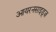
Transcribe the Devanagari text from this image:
आयरनसाइड्ज़